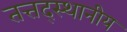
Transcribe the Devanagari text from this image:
तत्तद्स्थानीय